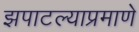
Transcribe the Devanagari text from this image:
झपाटल्याप्रमाणे